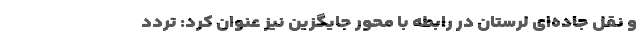
و نقل جاده‌ای لرستان در رابطه با محور جایگزین نیز عنوان کرد: تردد